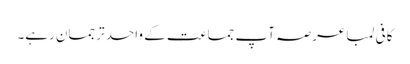
کافی لمبا عرصہ آپ جماعت کے واحد ترجمان رہے۔